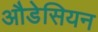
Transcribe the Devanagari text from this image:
औडेसियन